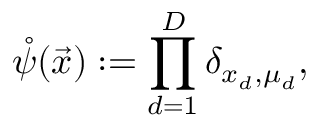
\mathring \psi ( \vec { x } ) : = \prod _ { d = 1 } ^ { D } \delta _ { x _ { d } , \mu _ { d } } ,